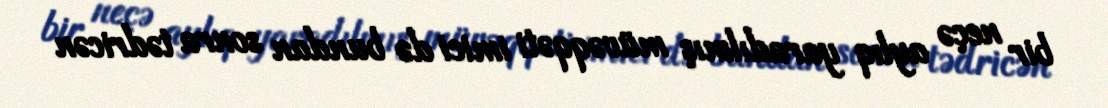
bir neçə aylıq yaradılmış müvəqqəti imici də bundan sonra tədricən